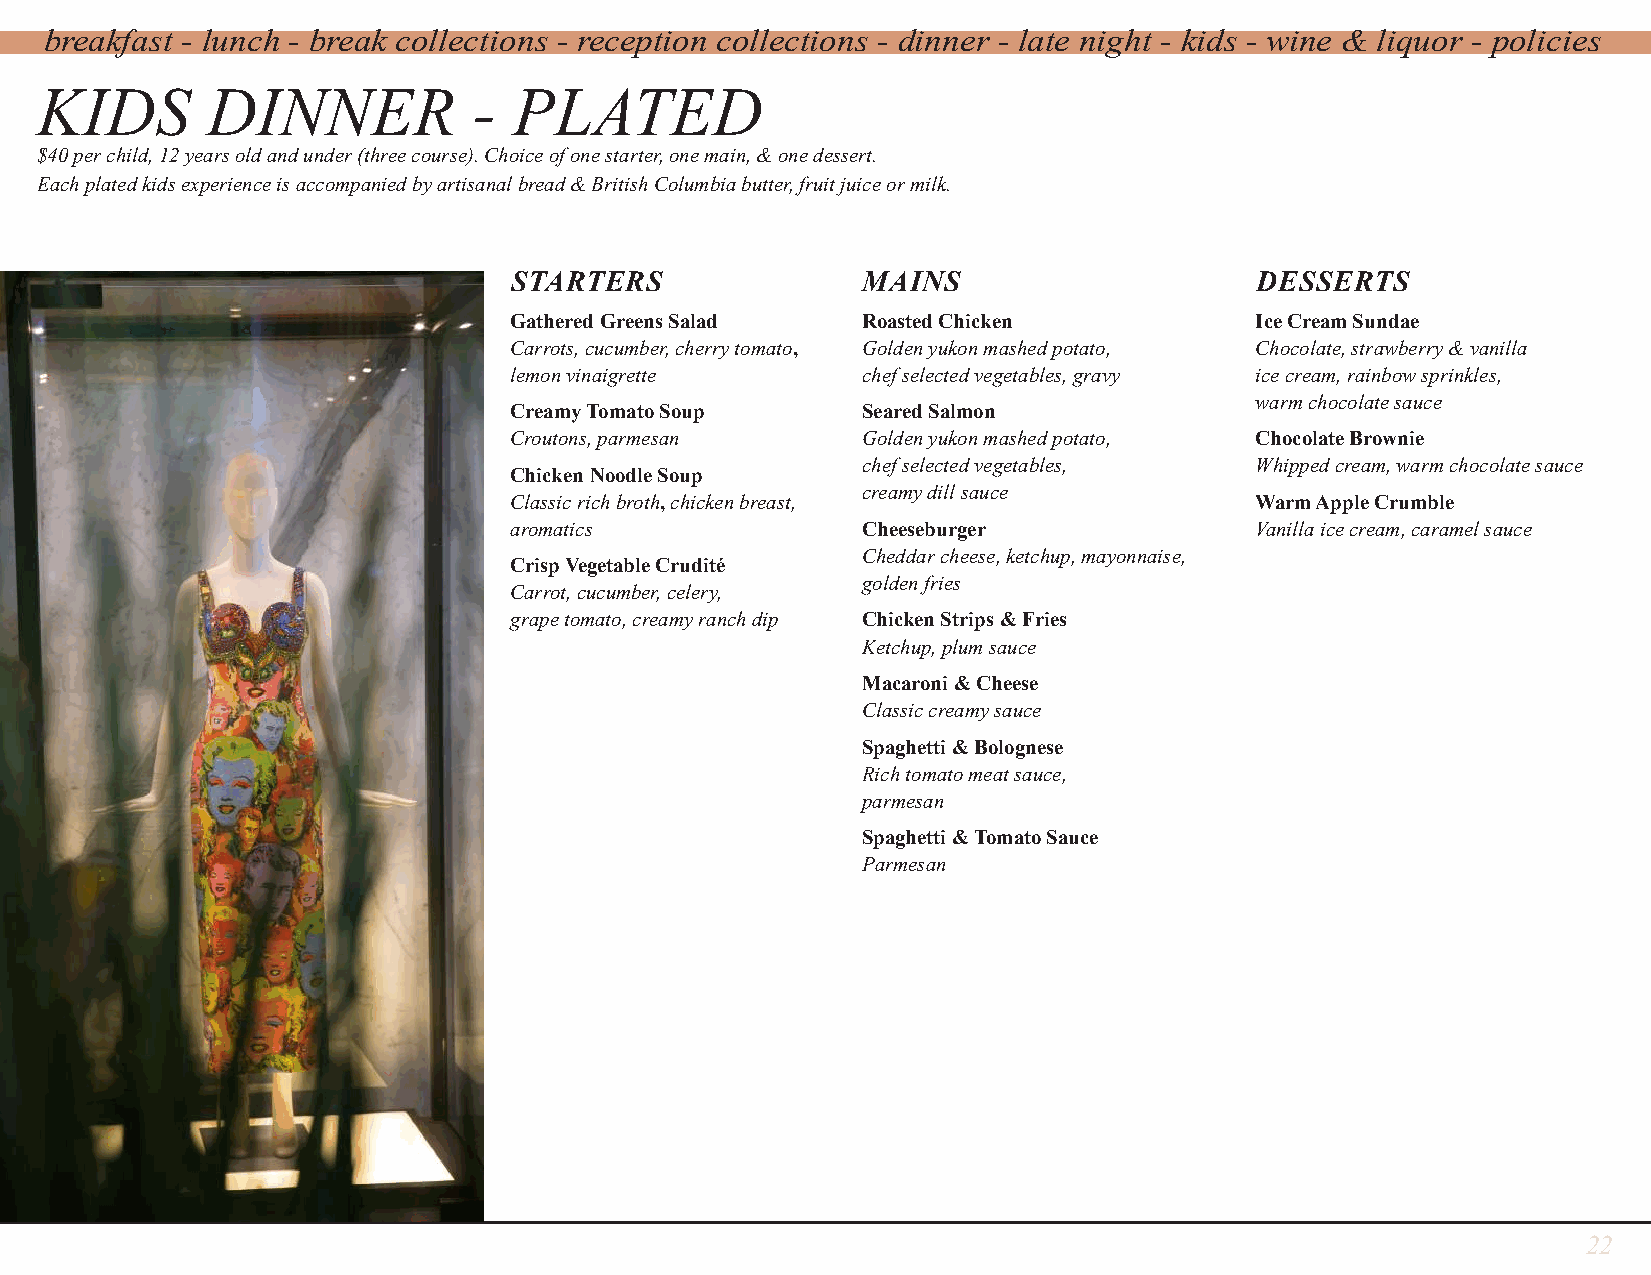
breakfast - lunch - break collections - reception collections - dinner - late night - kids - wine & liquor - policies
 KIDS        DINNER           -  PLATED
 $40 per child, 12 years old and under (three course). Choice of one starter, one main, & one dessert.
 Each plated kids experience is accompanied by artisanal bread & British Columbia butter, fruit juice or milk.
 STARTERS               MAINS                     DESSERTS
 Gathered Greens Salad  Roasted Chicken           Ice Cream Sundae
 Carrots, cucumber, cherry tomato, Golden yukon mashed potato, Chocolate, strawberry & vanilla
 lemon vinaigrette      chef selected vegetables, gravy ice cream, rainbow sprinkles,
 warm chocolate sauce
 Creamy Tomato Soup     Seared Salmon
 Croutons, parmesan     Golden yukon mashed potato, Chocolate Brownie
 chef selected vegetables, Whipped cream, warm chocolate sauce
 Chicken Noodle Soup
 creamy dill sauce
 Classic rich broth, chicken breast,              Warm Apple Crumble
 aromatics              Cheeseburger              Vanilla ice cream, caramel sauce
 Cheddar cheese, ketchup, mayonnaise,
 Crisp Vegetable Crudité
 golden fries
 Carrot, cucumber, celery,
 grape tomato, creamy ranch dip Chicken Strips & Fries
 Ketchup, plum sauce
 Macaroni & Cheese
 Classic creamy sauce
 Spaghetti & Bolognese
 Rich tomato meat sauce,
 parmesan
 Spaghetti & Tomato Sauce
 Parmesan
 22